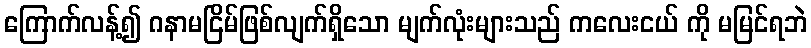
ကြောက်လန့်၍ ဂနာမငြိမ်ဖြစ်လျက်ရှိသော မျက်လုံးများသည် ကလေးငယ် ကို မမြင်ရဘဲ